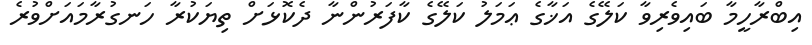
އިބްރާހީމާ ބައިވެރިވާ ކަލޭގެ އަޚާގެ ޢަމަލު ކަލޭގެ ކާފަރުންނާ ދެކޮޅަށް ތިޔަކުރާ ހަނގުރާމައަށްވުރެ